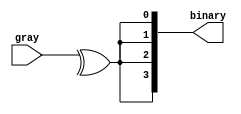
module gray_bin(input [3:0]gray ,output [3:0]binary);
  genvar i;
  for(i=0;i<4;i++)
    assign binary[i]=^(gray<<0);
  
endmodule